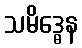
သမိဒ္ဓေန